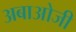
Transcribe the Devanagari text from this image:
अबाओजी